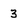
Character: 3